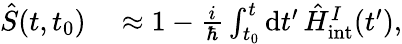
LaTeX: \begin{array}{rl}{\hat{S}(t,t_{0})}&{{}\approx 1-\frac{i}{\hbar}\int_{t_{0}}^{t}\mathrm{d}t^{\prime}\, \hat{H}_{\mathrm{int}}^{I}(t^{\prime}),}\end{array}